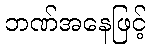
ဘဏ်အနေဖြင့်